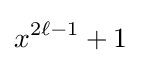
x^{2\ell -1}+1